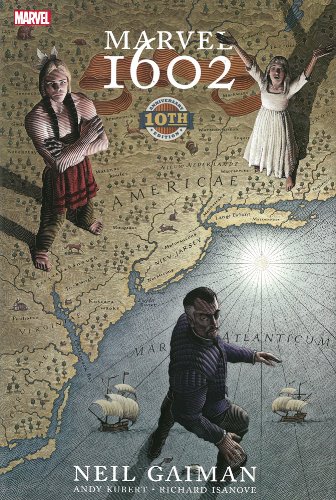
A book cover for Marvel 1602: 10th Anniversary Edition; Neil Gaiman; Comics & Graphic Novels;